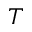
T